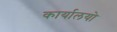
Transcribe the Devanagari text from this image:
कार्यालयो